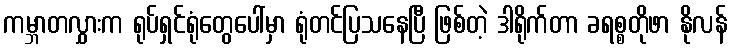
ကမ္ဘာတလွှားက ရုပ်ရှင်ရုံတွေပေါ်မှာ ရုံတင်ပြသနေပြီ ဖြစ်တဲ့ ဒါရိုက်တာ ခရစ္စတိုဖာ နိုလန်